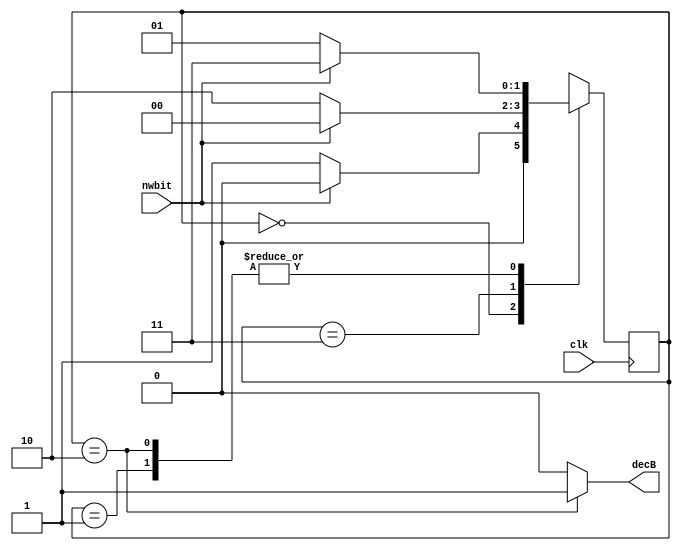
`timescale 1ns / 1ps

module Pattern_DetectorB(clk, nwbit, decB);
	input clk;
	input nwbit;
	output decB;
	
	parameter [1:0] Init = 2'b00,
						   S1 = 2'b01,
							S2 = 2'b11,
							S3 = 2'b10;
	
	reg [1:0] next, state; //next state
	
	//Sequential Block
	always @ (posedge clk)
		state <= next;
		
	//Combinational Block
	always @ (state or nwbit)
	begin
		next = 2'bx;
		case (state)
			//Initial State
			Init:
			begin
				if(nwbit) next = Init; 
				else next = S1;
			end
			
			//Detect 0
			S1:
			begin
				if(nwbit) next = S2;
				else next = S1;
			end
			
			//Detect 01
			S2:
			begin
				if(nwbit) next = Init;
				else next = S3;
			end
			
			//Detect 010
			S3:
			begin
				if(nwbit) next = S2;
				else next = S1;
			end
			
			default: next = Init;
		endcase
	end //End of Combinational Logic
	
	//Output Logic
	assign decB = (state==S3) ? 1'b1 : 1'b0;
endmodule